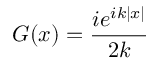
G ( x ) = { \frac { i e ^ { i k | x | } } { 2 k } }